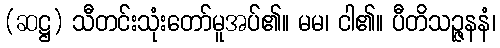
(ဆဋ္ဌ) သီတင်းသုံးတော်မူအပ်၏။ မမ၊ ငါ၏။ ပီတိသဉ္ဇနနံ၊